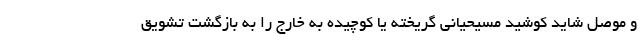
و موصل شاید کوشید مسیحیانی گریخته یا کوچیده به خارج را به بازگشت تشویق